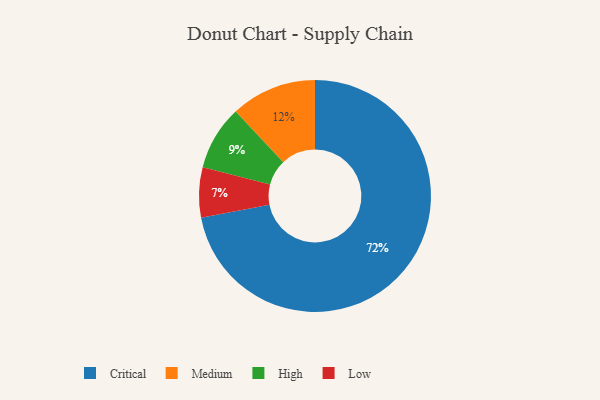
{"axis": {"x": "Category", "y": "Percentage"}, "legend": ["Critical", "High", "Low", "Medium"], "data": [{"x": "High", "y": 9, "type": "High"}, {"x": "Medium", "y": 12, "type": "Medium"}, {"x": "Critical", "y": 72, "type": "Critical"}, {"x": "Low", "y": 7, "type": "Low"}]}